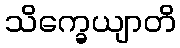
သိက္ခေယျာတိ